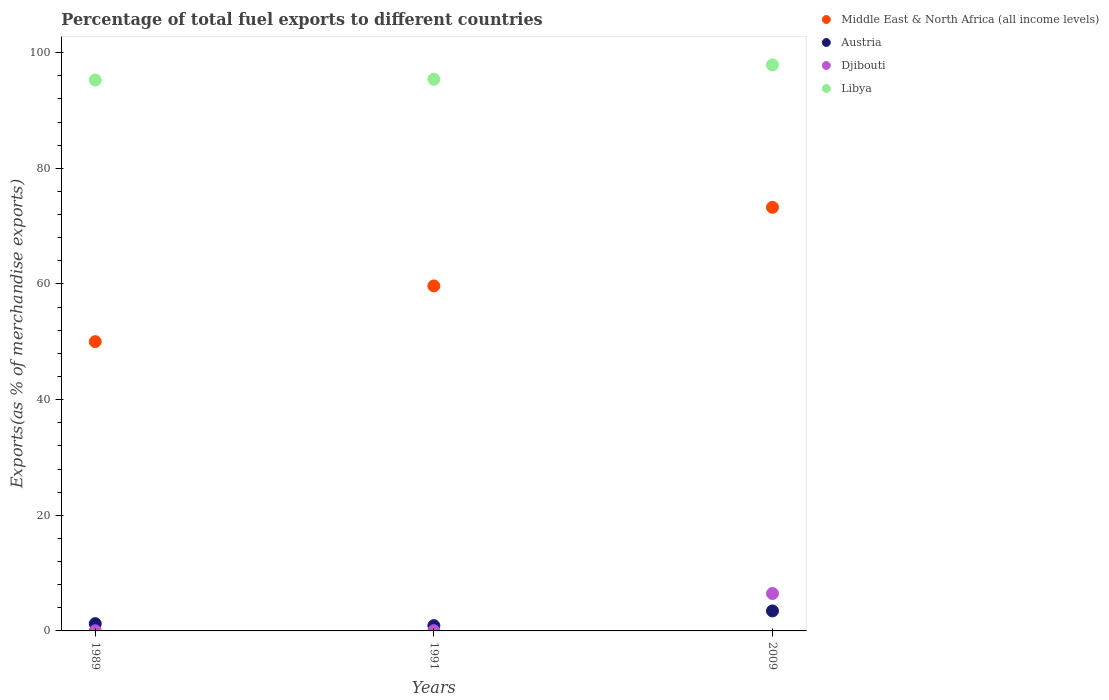
| Years | Middle East & North Africa (all income levels) | Austria | Djibouti | Libya |
 | --- | --- | --- | --- | --- |
 | 1989 | 50 | 1.25 | 0.0209 | 95.3 |
 | 1991 | 59.7 | 0.914 | 0.0301 | 95.4 |
 | 2009 | 73.3 | 3.46 | 6.47 | 97.9 |